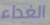
الغداء